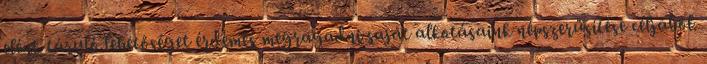
elénk táruló lehetőséget érdemes megragadni saját alkotásaink népszerűsítése céljából.